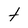
Character: t